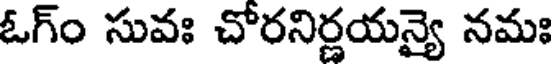
ఓగ్ం సువః చోరనిర్ణయన్యై నమః